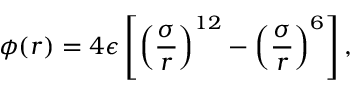
\phi ( r ) = 4 \epsilon \left[ \left( \frac { \sigma } { r } \right) ^ { 1 2 } - \left( \frac { \sigma } { r } \right) ^ { 6 } \right] ,